King Institute of Preventive Medicine Micro-Biological Section reports 1909-11
Year: 1909
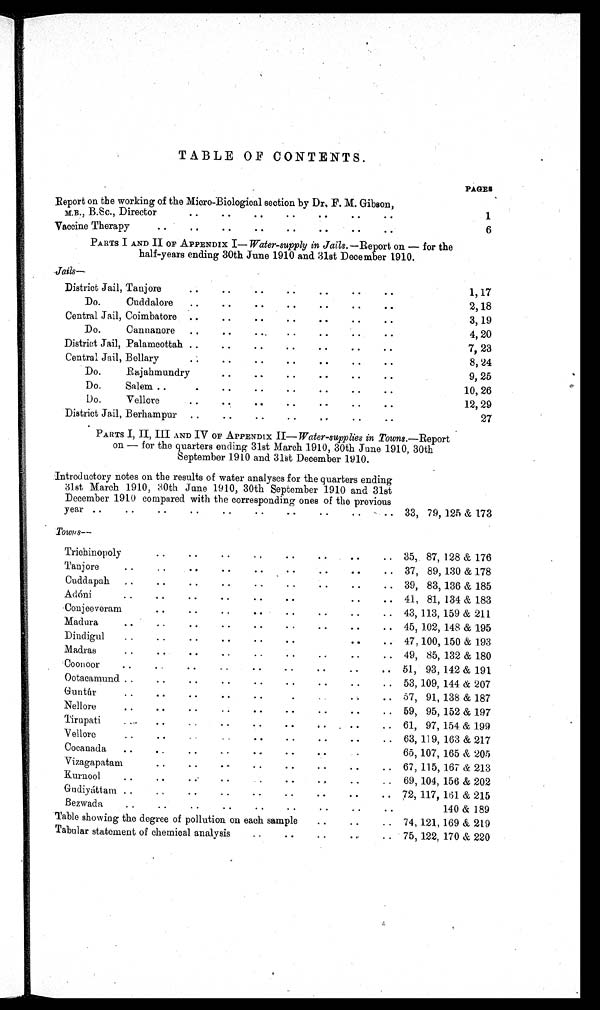
TABLE OF CONTENTS
Report on the working of the Micro-Biological section by Dr, F. M. Gibson,
. •
..
..
.. .
M . B .
. , B . S c . , D i r e c t o r .
.
P A G E S
1
.
. . . .
Vaccine Therapy
..
..
..
. .
. .
6
PARTS I AND II OF APPENDIX I— Water-supply in Jails.—Report on — for the
half-years ending 30th June 1910 and 31st December 1910.
J a i l s —
. .
District Jail, Tanjore
..
..
..
. .
. .
. .
1, 17
.
. . . . . . . . .
Do.
Cuddalore
..
. .
2,18
.
. . .
. . . .
Central Jail, Coimbatore ..
. .
. .
3, 19
.
. . . . . . . . .
Do.
Cannanore
..
. ..
4, 20
.
. . . . .
District Jail, Palamcottah ..
. .
. .
7, 23
Central Jail, Bellary
. .
. .
. . .
8, 24
. .
. . . .
Do.
Rajahmundry
..
..
. .
9, 25
Do.
Salem ..
.
..
..
. .
. .
. .
. .
10, 26
Do.
Vellore
. .
. .
. .
. .
. .
. .
12, 29
District Jail, Berhampur ..
. .
. .
. .
. .
. .
. .
27
PARTS I, II, III AND IV OF APPENDIX II—Water-supplies in Towns.—Report
on — for the quarters ending 31st March 1910, 30th June 1910, 30th
September 1910 and 31st December 1910.
Introductory notes on the results of water analyses for the quarters ending
31st March 1910, 30th June 1910, 30th September 1910 and 31st
December 1910 compared with the corresponding ones of the previous
year ..
33, 79, 125 & 173
Towns
—
Trichinopoly
..
..
..
.
..
..
..
.
35, 87, 128 & 176
Tanjore
..
..
37, 89, 130 & 178
Cuddapah
..
..
..
..
..
..
..
..
.. 39, 83, 136 & 185
Adóni
. . . . . .
. .
. .
. .
. .
. . 41, 81, 134 & 183
Conjeeveram
43, 113, 159 & 211
Madura
. .
. .
. .
. .
. .
. .
. .
. .
. . 45, 102, 148 & 195
Dindigul
..
..
..
..
..
..
..
.. 47, 100, 150 & 193
Madras
..
..
..
..
..
..
..
.. 49, 85, 132 & 180
Coonoor
. . . .
. .
. .
. .
. .
. .
. .
. . 51, 93, 142 & 191
Ootacamund ..
..
..
..
..
..
..
..
.. 53, 109, 144 & 207
Guntúr
..
..
..
..
..
. . .
. . 57, 91, 138 & 187
Nellore
..
..
..
. .
. .
. .
. .
. .
. . 59, 95, 152 & 197
Tirupati
..
..
..
..
..
..
..
..
.. 61, 97, 154 & 199
Vellore
..
..
..
..
..
..
.. 63, 119, 163 & 217
Cocanada
..
..
..
..
..
..
. .
65, 65, 107, 165 & 205
Vizagapatam
..
..
..
..
..
..
..
.. 67, 115, 167 & 213
Kurnool
..
..
..
..
.
. .
. .
69, 104, 156 & 202
Gudiyáttam ..
..
..
..
. .
. .
. .
. .
. . 72, 117, 161 & 215
Bezwada
..
..
..
..
..
..
..
..
..
140 & 189
Table showing the degree of pollution on each sample
..
..
.. 74, 121, 169 & 219
Tabular statement of chemical analysis
..
..
..
...
.. 75, 122, 170 & 220